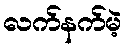
လက်နက်မဲ့